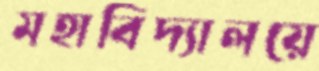
মহাবিদ্যালয়ে